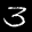
Label: 3